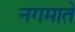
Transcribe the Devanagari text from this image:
नगमाते